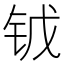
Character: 𨱆